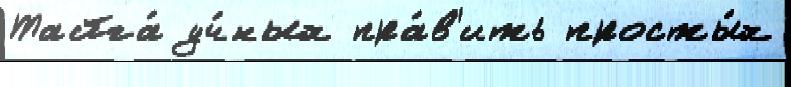
Тайга́ уч́ных пра́в'ить просты́х